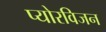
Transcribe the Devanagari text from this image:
प्योरविजन